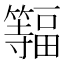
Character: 𫂨